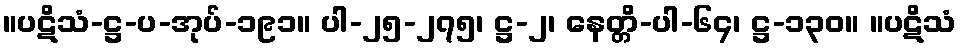
။ပဋိသံ-ဋ္ဌ-ပ-အုပ်-၁၉၁။ ပါ-၂၅-၂၇၅၊ ဋ္ဌ-၂၊ နေတ္တိ-ပါ-၆၄၊ ဋ္ဌ-၁၃၀။ ။ပဋိသံ